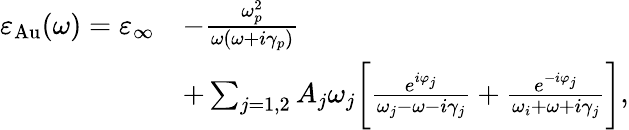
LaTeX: \begin{array}{rl}{\varepsilon_{\mathrm{Au}}(\omega)=\varepsilon_{\infty}}&{-\frac{\omega_{p}^{2}}{\omega(\omega+i\gamma_{p})}}\\ &{+\sum_{j=1,2}A_{j}\omega_{j}\biggl[\frac{e^{i\varphi_{j}}}{\omega_{j}-\omega-i\gamma_{j}}+\frac{e^{-i\varphi_{j}}}{\omega_{i}+\omega+i\gamma_{j}}\biggr],}\end{array}